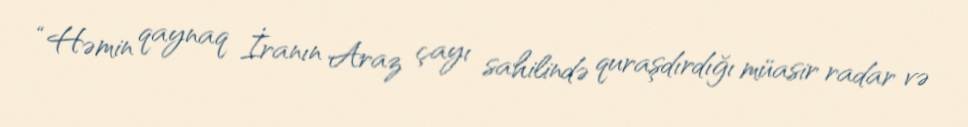
“Həmin qaynaq İranın Araz çayı sahilində quraşdırdığı müasir radar və